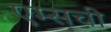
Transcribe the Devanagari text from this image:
एम्सची